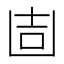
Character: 𠚌